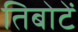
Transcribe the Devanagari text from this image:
तिबोटें